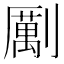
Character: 𠠏